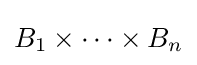
B_{1}\times \cdots \times B_{n}